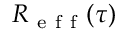
R _ { \mathrm { ~ e ~ f ~ f ~ } } ( \tau )